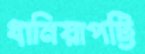
ধানিয়াপট্টি